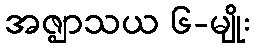
အဇ္ဈာသယ ၆-မျိုး